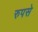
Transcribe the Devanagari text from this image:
रुपसे